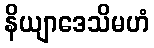
နိယျာဒေသိမဟံ